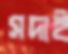
সদাই